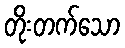
တိုးတက်သော